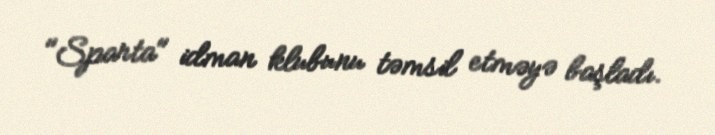
"Sparta" idman klubunu təmsil etməyə başladı.